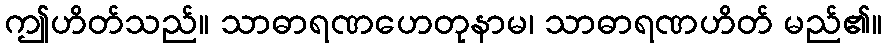
ဤဟိတ်သည်။ သာဓာရဏဟေတုနာမ၊ သာဓာရဏဟိတ် မည်၏။